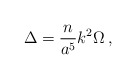
\begin{align*}\Delta = {n\over a^5} k^2 \Omega \,,\end{align*}